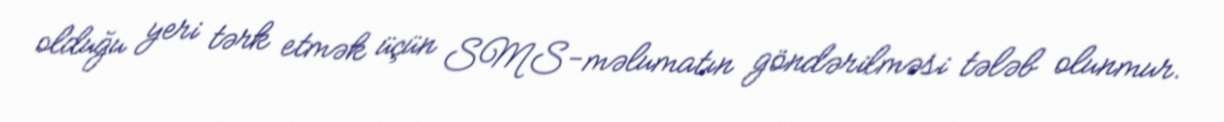
olduğu yeri tərk etmək üçün SMS-məlumatın göndərilməsi tələb olunmur.